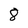
Character: 8